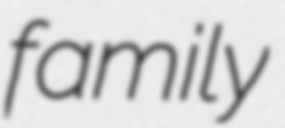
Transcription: family